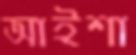
আইশা